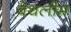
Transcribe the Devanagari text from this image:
बेथलीम